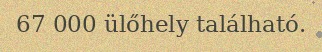
67 000 ülőhely található.